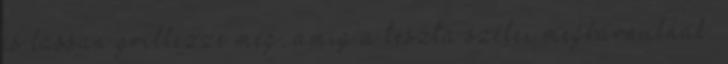
és lassan grillezze meg, amíg a tészta szélei megbarnulnak.